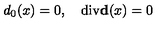
d _ { 0 } ( x ) = 0 , \quad \mathrm { d i v } { \bf d } ( x ) = 0